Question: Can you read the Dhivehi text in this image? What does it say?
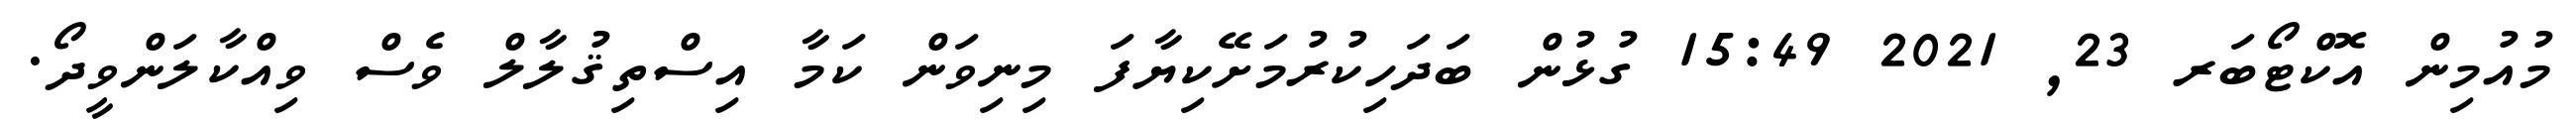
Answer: މުއުމިން އޮކްޓޯބަރ 23, 2021 15:49 ގުޅުން ބަދަހިކުރުމަށޭކިޔާފަ މިނިވަން ކަމާ އިސްތިޤުލާލް ވެސް ވިއްކާލަންވީދޯ.